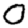
Digit: 0